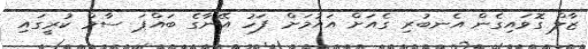
ޒާލް ގޮވައިގެން އެނބުރި ގެއަށް އައުމަށް ފަހު އޭނާގެ ބައްޕަ ސާމް ކުރީގައި